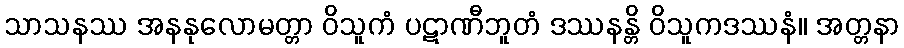
သာသနဿ အနနုလောမတ္တာ ဝိသူကံ ပဋာဏီဘူတံ ဒဿနန္တိ ဝိသူကဒဿနံ။ အတ္တနာ